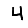
Digit: 4